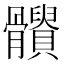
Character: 𩪹